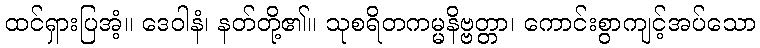
ထင်ရှားပြအံ့။ ဒေဝါနံ၊ နတ်တို့၏။ သုစရိတကမ္မနိဗ္ဗတ္တာ၊ ကောင်းစွာကျင့်အပ်သော